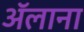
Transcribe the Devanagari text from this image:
ॲलाना